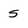
Character: s